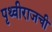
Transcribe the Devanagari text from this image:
पृथ्वीराजची